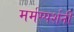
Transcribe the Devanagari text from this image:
मर्मस्पर्शनी